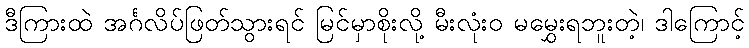
ဒီကြားထဲ အင်္ဂလိပ်ဖြတ်သွားရင် မြင်မှာစိုးလို့ မီးလုံးဝ မမွှေးရဘူးတဲ့၊ ဒါကြောင့်